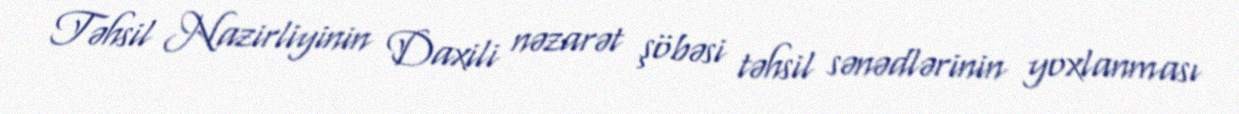
Təhsil Nazirliyinin Daxili nəzarət şöbəsi təhsil sənədlərinin yoxlanması